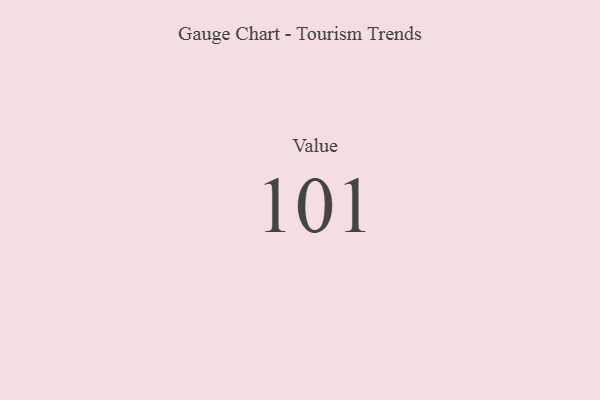
{"axis": {"x": "Metric", "y": "Value"}, "legend": [""], "data": [{"x": "Value", "y": 101, "type": ""}]}